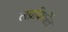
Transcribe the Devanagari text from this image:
लग्नविधींत